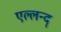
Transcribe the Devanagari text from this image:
एल्लन्द्